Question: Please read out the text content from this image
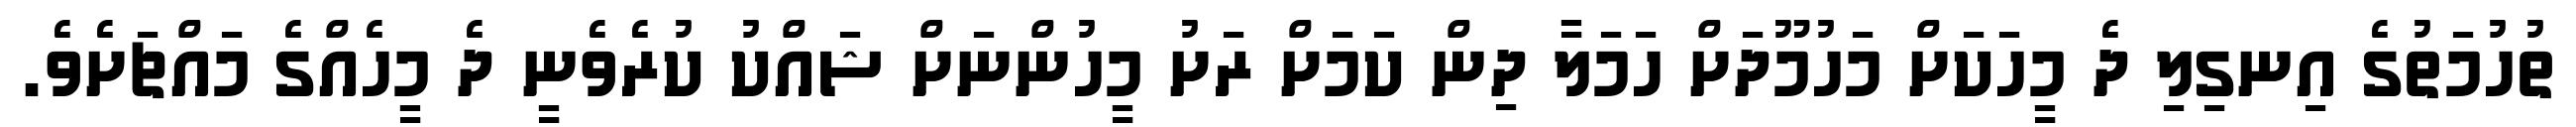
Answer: ތުހުމަތުގެ އިނގިލި ދެ މީހަކަށް މަހުމޫދަށް ހަމަލާ ދިން ކަމަށް ރަށު މީހުންނަށް ޝައްކު ކުރެވެނީ ދެ މީހެއްގެ މައްޗަށެވެ.